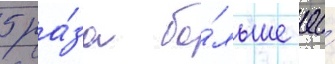
5 ра́за бо́льше ео́